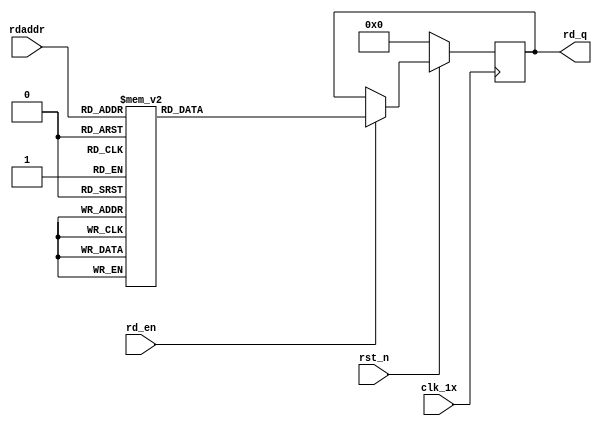
`timescale 1ns / 1ps
module F_normal_t12_next_Rom6(
input	          							clk_1x,
input	          							rst_n,
//////////////////////////////////////////////////////////////
input										rd_en,
input				[4:0]				rdaddr,
output		reg			[191:0]				rd_q
);

always @(posedge clk_1x)begin
	if(~rst_n)begin
		rd_q <= 192'b0;
	end
	else if(rd_en == 1'b1)begin
		case(rdaddr)
			5'h17: rd_q <= 192'b010001111101101110111101001011010011100101111100000100000111011101100111100110010011010101100000000101101000100011011001101110110001100100001101000110001101001000001011111101101110110011110011;
			5'h16: rd_q <= 192'b101001101100010000100000011101010000000101000110110000100111010000000100010001001010010001010111110000110100010101101100000101101101111100101011011010100100111001010101000001000001110110000110;
			5'h15: rd_q <= 192'b001011110110000001000011001100011101000100100100100101001001101101001101101111111011011100111111011101110110111011011100101010110000010101000010001110000011110110010011001111100101010101111010;
			5'h14: rd_q <= 192'b010101010111101100110001011001001011101110100011000101101001011111100111111001111001010110010011111110110010101001100110001101100101011010010001101111100000110000010010010111001101100001101111;
			5'h13: rd_q <= 192'b011100011101000110100110100000110100010100001010100101100011100001011100000010011101001001100000100001000011101111101001110010010001011010000000101100000011001000101000001011010100111110111000;
			5'h12: rd_q <= 192'b100001101000000101011101111110011010100000111010001110110100001011111010111101111110110010110000001001001111111101100000001101110000100101000000010000110110011100110111110110010111000111001101;
			5'h11: rd_q <= 192'b000011110011001101110001110110110101101010001101011001111101001011001010110010011101110001110111011101111010000111011001101101101000000011110000111101111001010100111000101000100011111111111110;
			5'h10: rd_q <= 192'b001111010100011001011000011010101100110001110001011111010100101011110000010000100010010100000011100001010000111111101001010011110100000110000100000001110100011001101100011010101111100110010001;
			5'h0f: rd_q <= 192'b010011001111000011110000111100010101110001010110101101000111111010100011100101101001101100001111111001100011110110000100110100001001100010010011010100100011101010011011000000010010001000110111;
			5'h0e: rd_q <= 192'b101111010000011100010001001101110011011110101010110110111001111000011011001010100011101100011111000101110000101011100000101100101010001001111111111000101001000110001011101100010110010111100101;
			5'h0d: rd_q <= 192'b000000010111001001010011100100011111101011101000111010010001111000011111001110010000101101100011011010010010000101100011000001101010011011010011011010111001011011010010000010010101000110101101;
			5'h0c: rd_q <= 192'b101000100010000101110010100110010001000101000110110111100001000001101011111100001100001110111000111101001000111110110001111110000001101110110010110011010000010010011000110100111010000010001001;
			5'h0b: rd_q <= 192'b111100110111010110001011100111010011111100011100110010101011100100011111111000101110011110000101110111111111101001100011100101000110000110111101001010011010111110101100010110001101111011110000;
			5'h0a: rd_q <= 192'b001001011110110010101101100111101111101100100011010110000010001010001111011110011101110001101110001000000111010001011000110000000101110101010010011101001110010111100111110111100100110101001100;
			5'h09: rd_q <= 192'b001011000111110111000010101111011010000101100000011101101000101000011001011100001100100011110111101000101110000100111110010100111111101100100010011010011100101110111111100010010100111010111011;
			5'h08: rd_q <= 192'b000001010100000011010010010000001101110010111101101010110010111000001101111101111001011001000001101101010010000111111100100011000011111010101100010011110010010000000001001100110010101100110100;
			5'h07: rd_q <= 192'b001111101101001010000010110010001100110001001001110010100000110100001110110000010101100111111001010111111010000110111010101001100101001111011000011100110001011001011010010101101010100100010100;
			5'h06: rd_q <= 192'b111000001010100111000000111001110001000000010000101001000001110010011000100101101110100000000011001110101011001011110101001010001100111100011101101100111000001111011001001000011011000111111000;
			5'h05: rd_q <= 192'b111101011100010100000101101011001011101110111111110100000001000010010110101110110010010110010111110010101101101110010000101011101111010011011100110000110111010001100110100100000100111100001010;
			5'h04: rd_q <= 192'b100101110001010000001100010100011010111101110100001010111111101111001011010010100000001110110011111011010000100010000010110100111010001011011001110100110001101011010010101010110000011110010101;
			5'h03: rd_q <= 192'b110000111110110111011000111111110001010111001101100100011100011011011101100111111111100111101001011110110100010000110000110011010011011001101010001111100100101011010000010100100011101000101111;
			5'h02: rd_q <= 192'b000000101001001000010000010110011010100101110100000010011101111101000101101110111111110000010001011100110010000111111110000110101111000110100101010101101010001010001110010101110111001101100011;
			5'h01: rd_q <= 192'b001011100000101101000001100000010011000001010011111001011001010101100111110111000110100100111111010001111110100011010001110111110001110100011101101000100111010100111100011001111110011011011100;
			5'h00: rd_q <= 192'b101001001111110000001101000010001111101100101110001010011100111101100101001000101000001011100011000001100100111010110110001101001000011110111100010001100110100000110110101101001010110111010101;
		default:rd_q <= 192'b0;
		endcase
	end
end

endmodule